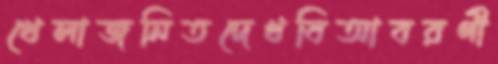
খেলাজনিতদেখবিআবরণী